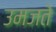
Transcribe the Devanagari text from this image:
उमजते